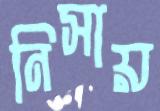
নিসায়